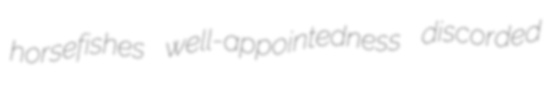
horsefishes well-appointedness discorded